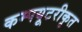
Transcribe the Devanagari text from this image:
कम्‍पयूटरीकृत